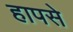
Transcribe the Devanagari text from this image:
हापसे